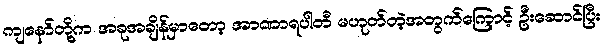
ကျနော်တို့က အခုအချိန်မှာတော့ အာဏာရပါတီ မဟုတ်တဲ့အတွက်ကြောင့် ဦးဆောင်ပြီး